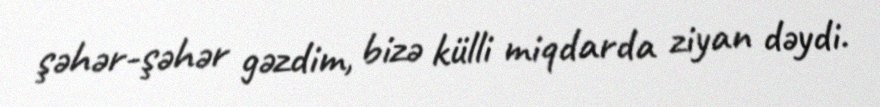
şəhər-şəhər gəzdim, bizə külli miqdarda ziyan dəydi.